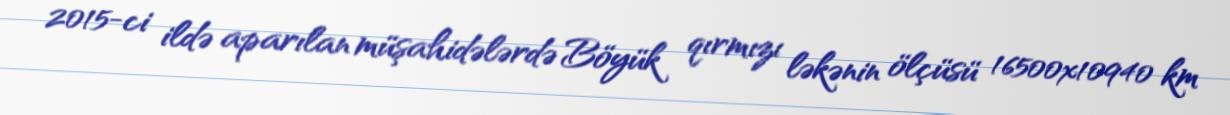
2015-ci ildə aparılan müşahidələrdə Böyük qırmızı ləkənin ölçüsü 16500x10940 km